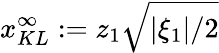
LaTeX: x_{KL}^{\infty}:=z_{1}\sqrt{|\xi_{1}|/2}